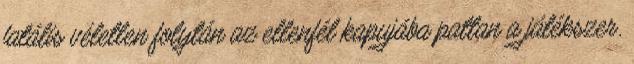
fatális véletlen folytán az ellenfél kapujába pattan a játékszer.